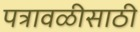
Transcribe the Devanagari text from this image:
पत्रावळीसाठी